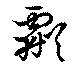
虨